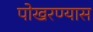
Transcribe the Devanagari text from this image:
पोखरण्यास